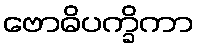
ဗောဓိပက္ခိကာ